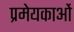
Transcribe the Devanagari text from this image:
प्रमेयकाओं